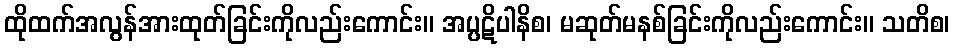
ထိုထက်အလွန်အားထုတ်ခြင်းကိုလည်းကောင်း။ အပ္ပဋိပါနိစ၊ မဆုတ်မနစ်ခြင်းကိုလည်းကောင်း။ သတိစ၊